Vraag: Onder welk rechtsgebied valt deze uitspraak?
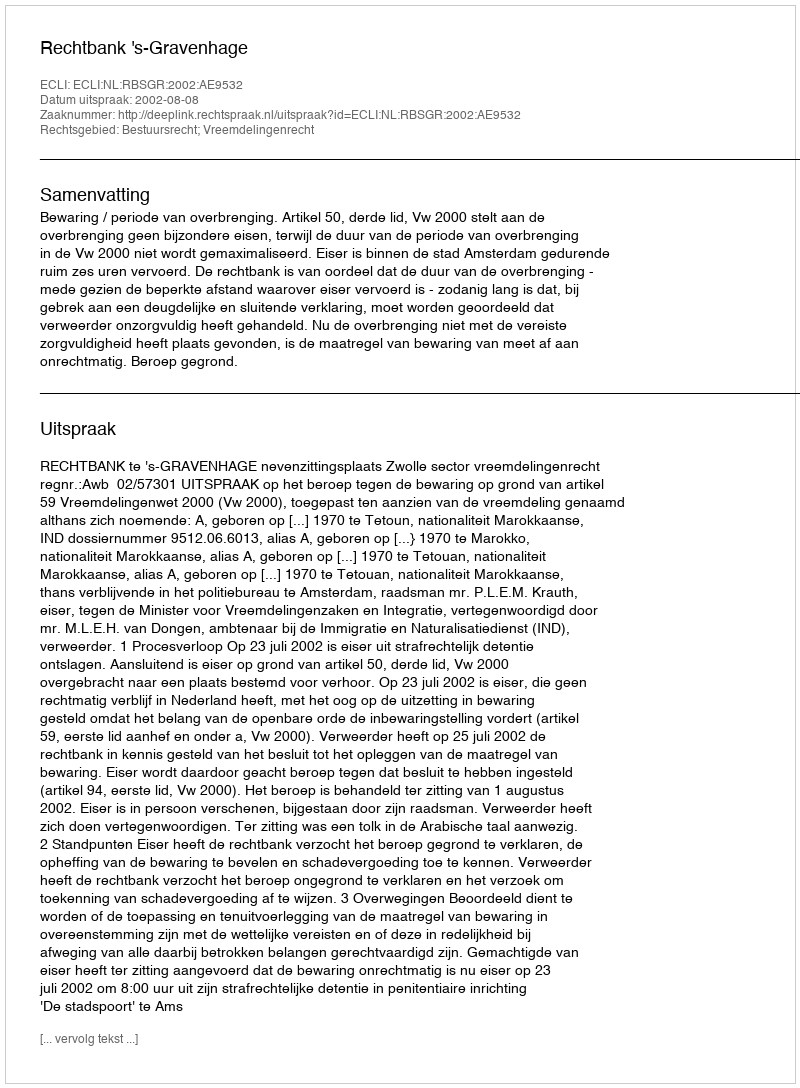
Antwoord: Bestuursrecht; Vreemdelingenrecht